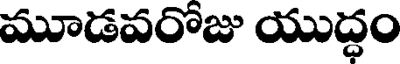
మూడవరోజు యుద్ధం